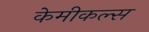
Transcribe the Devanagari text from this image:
केमीकल्स